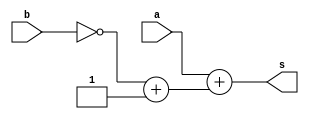
// ------------------------- 
// Exemplo0020 - BASE 
// Nome: Oswaldo Oliveira Paulino
// ------------------------- 
// ------------------------- 
// test number system 
// ------------------------- 

module Q05 (output [7:0]s, input [7:0]a, input [7:0]b);
	assign s = a + (~b + 1);
endmodule

module test_base_01; 
// ------------------------- definir dados 
	reg [7:0] a;
	reg [7:0] b;
	reg [7:0] c;
	reg [7:0] d;
	reg [7:0] e;  
	reg [7:0] f;
	reg [7:0] g;
	reg [7:0] h;
	reg [7:0] i;
	reg [7:0] j; 
	  
		
	wire [7:0] sA;
	wire [7:0] sB;
	wire [7:0] sC;
	wire [7:0] sD;
	wire [7:0] sE;  
	
	Q05 letraA(sA, a, b); 
	Q05 letraB(sB, c, d);
	Q05 letraC(sC, e, f);
	Q05 letraD(sD, g, h);
	Q05 letraE(sE, i, j);
	
initial begin: start
	a = 8'b101010; 
	b = 4'b1101;
	c = 5'b11010;
	d = 6'o15;
	e = 6'o34;
	f = 4'hB;
	g = 8'hCA;
	h = 8'b10111001;
	i = 5'd25;
	j = 8'h1A;
end
	
// ------------------------- parte principal 
initial begin
	$display("Exemplo0020 - Oswaldo Oliveira Paulino - 382175"); 
	$display("Test number system"); 
	 
	#1
	$display("\nLetra A)");
	$display("%8b - %8b = %b", a, b, sA);
	
	#1
	$display("\nLetra B)");
	$display("%8b - %8o = %b", c, d, sB);
	
	#1
	$display("\nLetra C)");
	$display("%8o - %8h = %b", e, f, sC);
	
	#1
	$display("\nLetra D)");
	$display("%8H - %8b = %b", g, h, sD);
	
	#1
	$display("\nLetra E)");
	$display("%8d - %8h = %b", i, j, sE);	

end 
endmodule // test_base 

// ------------------------ documentacao complementar
/*
    Exemplo0020 - Oswaldo Oliveira Paulino - 382175
    Test number system
    
    Letra A)
    00101010 - 00001101 = 00011101
    
    Letra B)
    00011010 -      015 = 00001101
    
    Letra C)
         034 -       0b = 00010001
    
    Letra D)
          ca - 10111001 = 00010001
    
    Letra E)
          25 -       1a = 11111111
*/